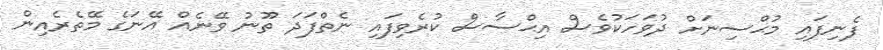
ފެނިފައި މުޙްސިނަށް ދުވަހަކުވެސް އިޙްސާސް ކުރެވިފައި ނެތްފަދަ ތޫނު ވޭނެއް އޭނަގެ މޭތެރެއިން